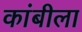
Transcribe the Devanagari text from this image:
कांबीला